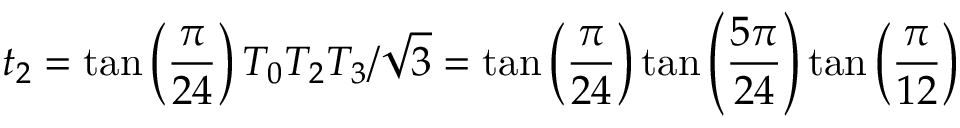
t _ { 2 } = \tan \left( \frac { \pi } { 2 4 } \right) T _ { 0 } T _ { 2 } T _ { 3 } / \sqrt { 3 } = \tan \left( \frac { \pi } { 2 4 } \right) \tan \left( \frac { 5 \pi } { 2 4 } \right) \tan \left( \frac { \pi } { 1 2 } \right)